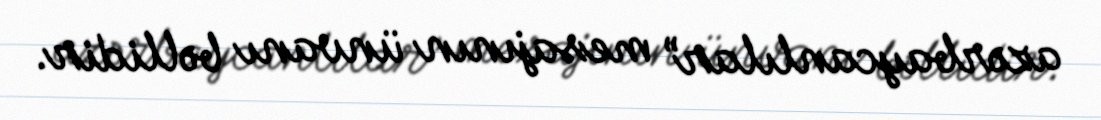
azərbaycanlılar” mesajının ünvanı bəllidir.